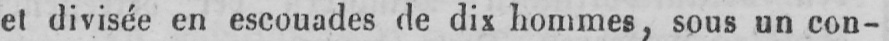
et divisée en escouades de dix hommes, sous un con-